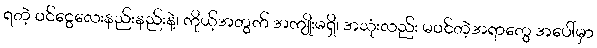
ရတဲ့ ဝင်ငွေလေးနည်းနည်းနဲ့၊ ကိုယ့်အတွက် အကျိုးမရှိ၊ အသုံးလည်း မဝင်တဲ့အရာတွေ အပေါ်မှာ